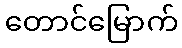
တောင်မြောက်